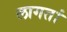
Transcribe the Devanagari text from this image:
लागतां